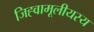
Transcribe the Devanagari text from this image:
जिह्वामूलीयस्य